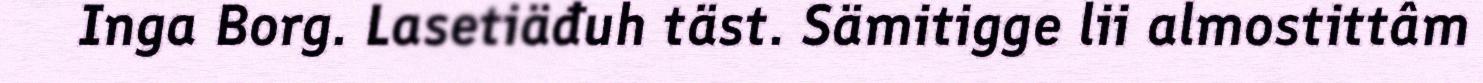
Inga Borg. Lasetiäđuh täst. Sämitigge lii almostittâm